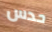
حدس